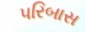
પરિબાસ